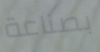
بصناعة